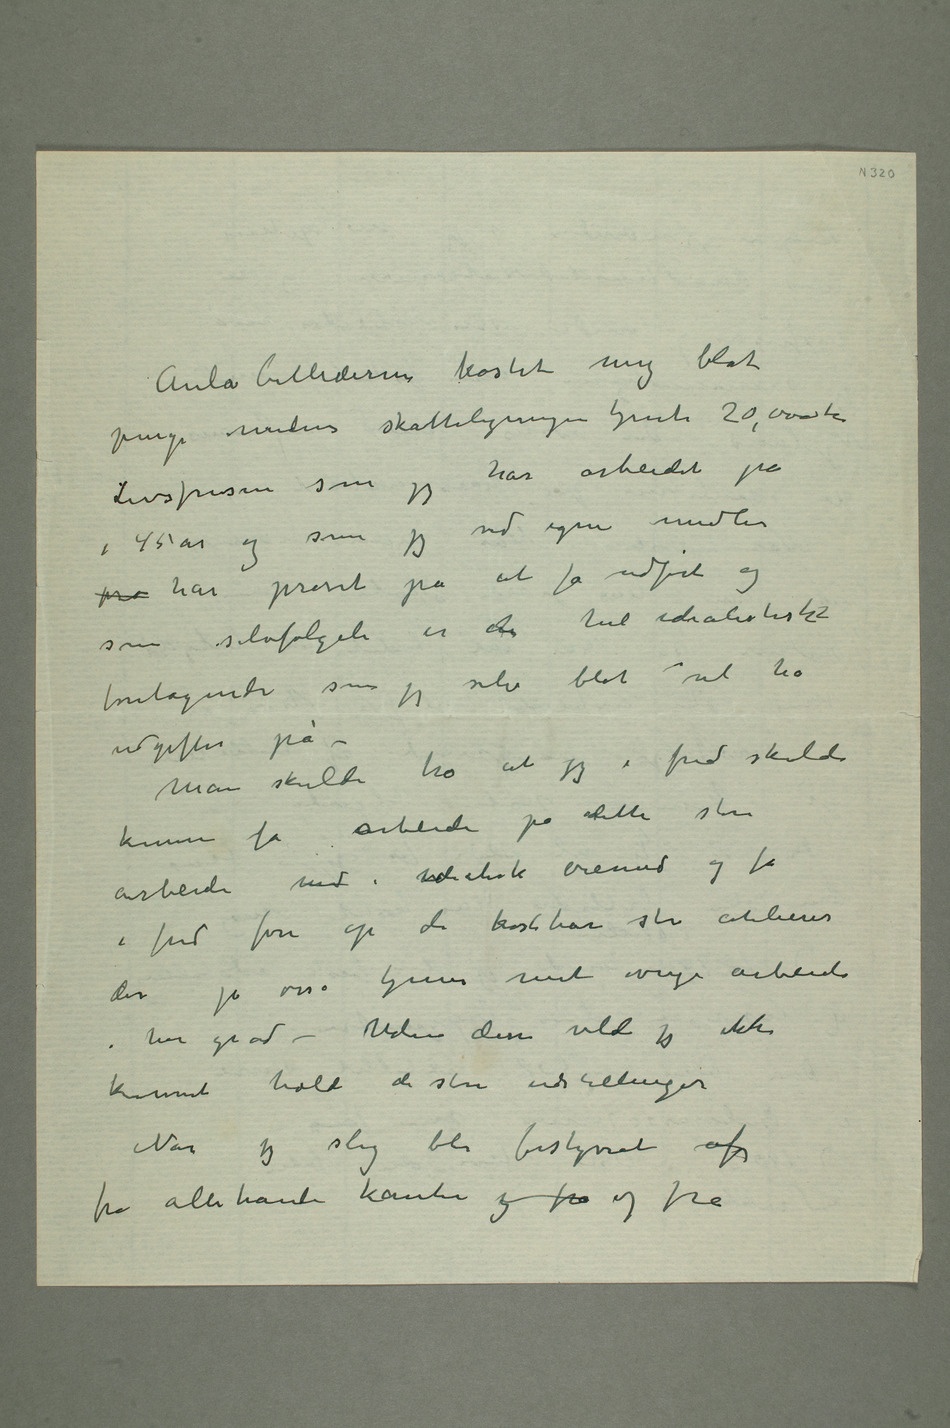
Aulabillederne kostet mig blot
penge medens skatteligningen tjente 20,000 kr Livsfrisen som
har arbeidet på
i 45 år og som jeg ved egne midler
prø har prøvet på at få udført og
som selvfølgeli er etn hel idealistiskt
foretagende som jeg selv blot vil ha
udgifter på –
Man skulde tro at jeg i fred skulde
kunne få arbeide på
i fred føre op de kostbare store atelierer
der jo osså tjener mit øvrige arbeide i
høi grad – Uden disse vilde jeg ikke
kunnet holde de store udstillinger
Når jeg slig blir forstyrret af
fra allehånde kanter og fra og fra